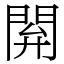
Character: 閞